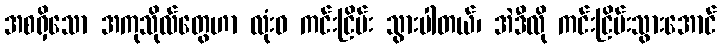
အစရှိသော အကုသိုလ်တွေဟာ လုံးဝ ကင်းငြိမ်း သွားပါတယ်၊ အဲဒီလို ကင်းငြိမ်းသွားအောင်